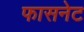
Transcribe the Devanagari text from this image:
फासनेट